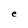
Character: e